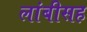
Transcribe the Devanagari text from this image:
लांबीसह